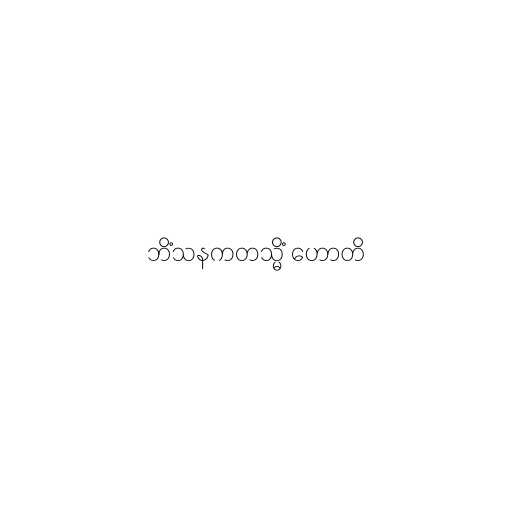
ဘိံသနကတသ္မိံ ဟောတိ